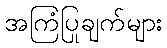
အကြံပြုချက်များ